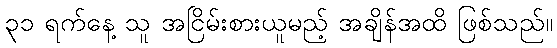
၃၁ ရက်နေ့ သူ အငြိမ်းစားယူမည့် အချိန်အထိ ဖြစ်သည်။